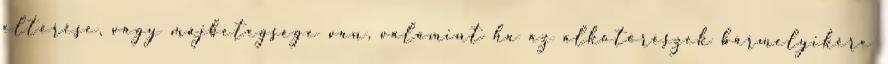
eltérése, vagy májbetegsége van, valamint ha az alkotórészek bármelyikére